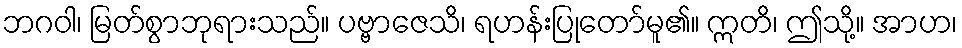
ဘဂဝါ၊ မြတ်စွာဘုရားသည်။ ပဗ္ဗာဇေသိ၊ ရဟန်းပြုတော်မူ၏။ ဣတိ၊ ဤသို့။ အာဟ၊